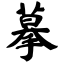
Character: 摹